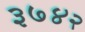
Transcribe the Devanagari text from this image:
३७४२